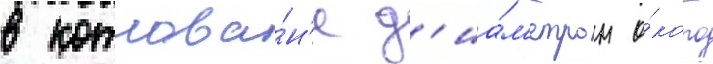
в котлова́н'е д'иа́м'етром о́коло